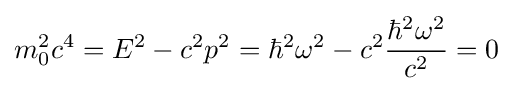
m_{0}^{2}c^{4}=E^{2}-c^{2}p^{2}=\hbar ^{2}\omega ^{2}-c^{2}{\frac {\hbar ^{2}\omega ^{2}}{c^{2}}}=0